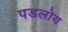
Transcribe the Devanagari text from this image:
पडलोय